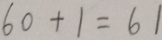
6 0 + 1 = 6 1